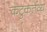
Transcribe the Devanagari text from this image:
कटुकर्तव्य